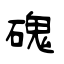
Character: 磈